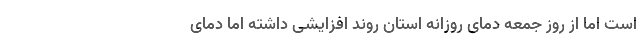
است اما از روز جمعه دمای روزانه استان روند افزایشی داشته اما دمای